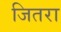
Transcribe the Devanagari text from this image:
जितरा